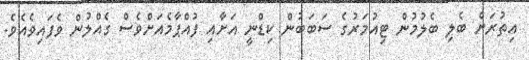
އިތުރަށް ބެލި ބެލުމުން ޓިއުމަރުގެ ސަބަބުން ކިޑްނީ އަށާއި ފުއްޕާމެއަށްވެސް ގެއްލުން ވެފައިވެއެވެ.